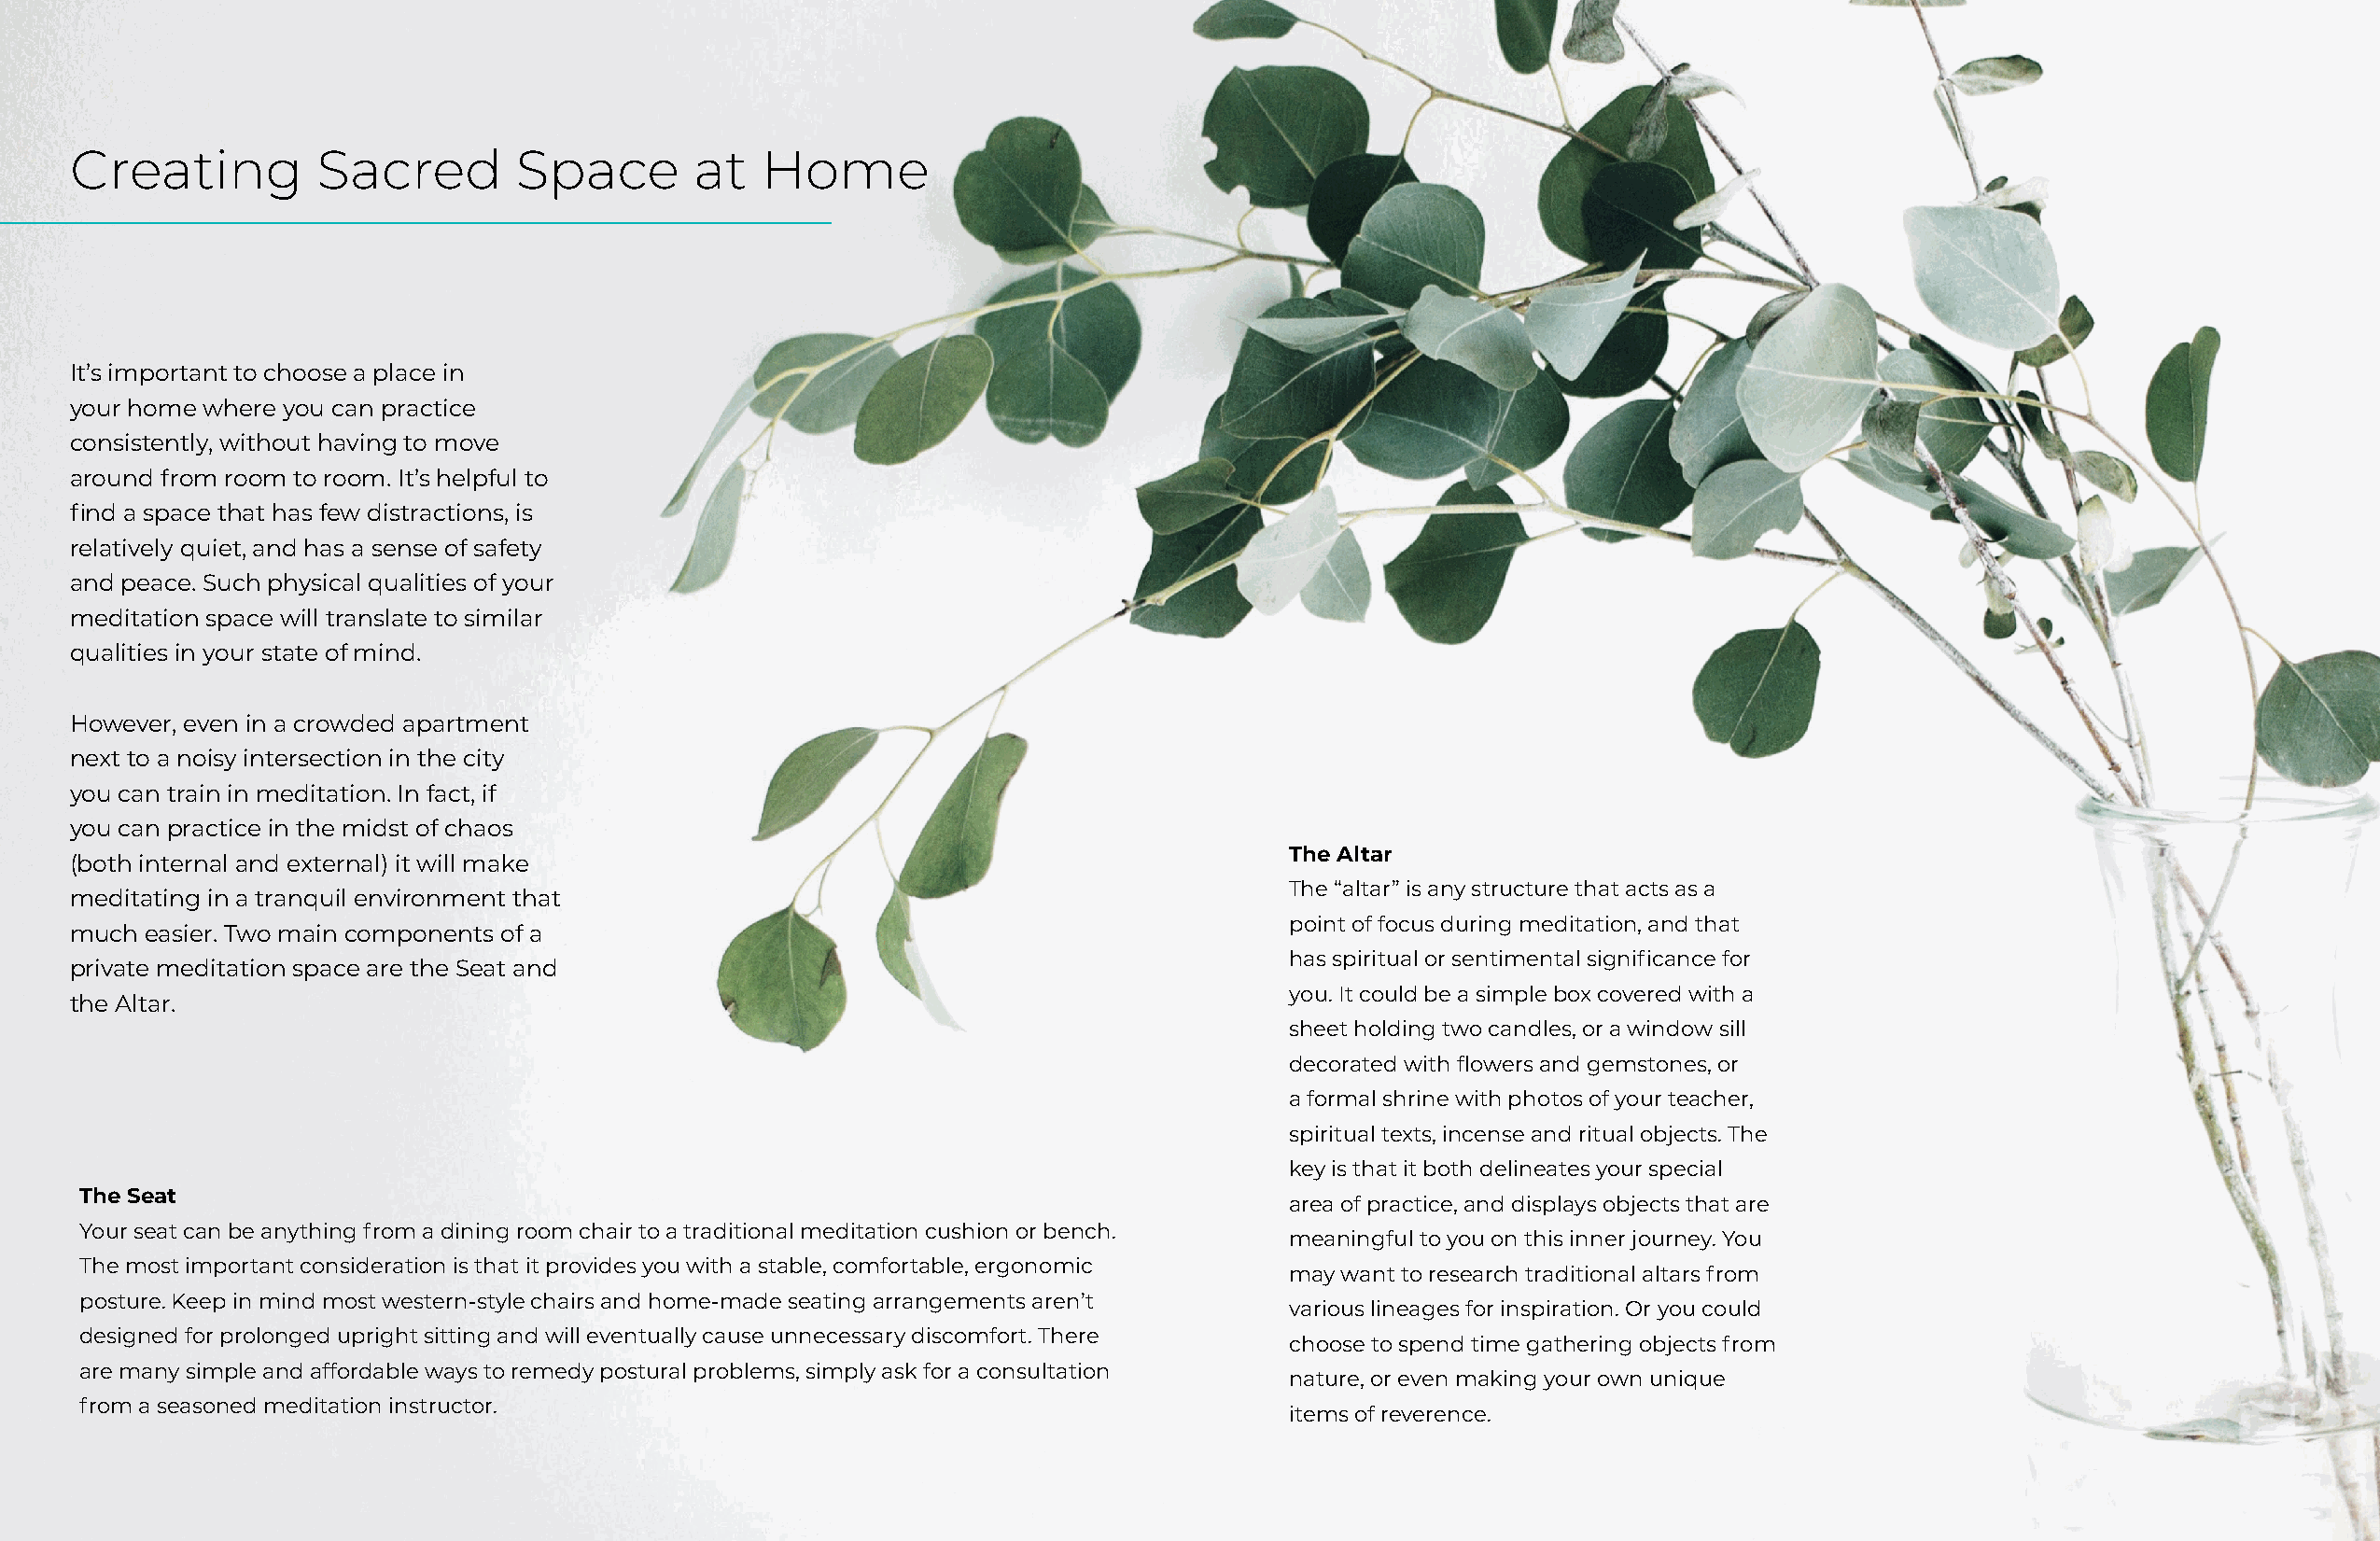
Creating         Sacred         Space       at   Home
 It’s important to choose a place in
 your home where you can practice
 consistently, without having to move
 around from room to room. It’s helpful to
 find a space that has few distractions, is
 relatively quiet, and has a sense of safety
 and peace. Such physical qualities of your
 meditation space will translate to similar
 qualities in your state of mind.
 However, even in a crowded apartment
 next to a noisy intersection in the city
 you can train in meditation. In fact, if
 you can practice in the midst of chaos
 The Altar
 (both internal and external) it will make
 The “altar” is any structure that acts as a
 meditating in a tranquil environment that
 point of focus during meditation, and that
 much easier. Two main components of a
 has spiritual or sentimental significance for
 private meditation space are the Seat and
 you. It could be a simple box covered with a
 the Altar.
 sheet holding two candles, or a window sill
 decorated with flowers and gemstones, or
 a formal shrine with photos of your teacher,
 spiritual texts, incense and ritual objects. The
 key is that it both delineates your special
 The Seat
 area of practice, and displays objects that are
 Your seat can be anything from a dining room chair to a traditional meditation cushion or bench.
 meaningful to you on this inner journey. You
 The most important consideration is that it provides you with a stable, comfortable, ergonomic
 may want to research traditional altars from
 posture. Keep in mind most western-style chairs and home-made seating arrangements aren’t
 various lineages for inspiration. Or you could
 designed for prolonged upright sitting and will eventually cause unnecessary discomfort. There
 choose to spend time gathering objects from
 are many simple and affordable ways to remedy postural problems, simply ask for a consultation
 nature, or even making your own unique
 from a seasoned meditation instructor.
 items of reverence.